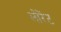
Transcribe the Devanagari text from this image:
लोरेंट